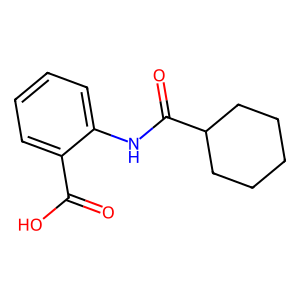
SMILES: O=C(O)c1ccccc1NC(=O)C1CCCCC1
Inhibits HIV replication: No